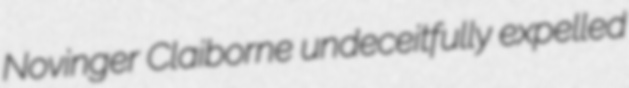
Novinger Claiborne undeceitfully expelled